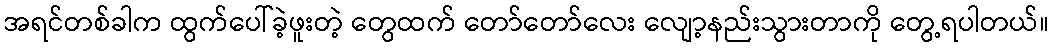
အရင်တစ်ခါက ထွက်ပေါ်ခဲ့ဖူးတဲ့ တွေထက် တော်တော်လေး လျော့နည်းသွားတာကို တွေ့ရပါတယ်။